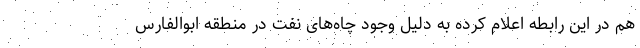
هم در این رابطه اعلام کرده به دلیل وجود چاه‌های نفت در منطقه ابوالفارس